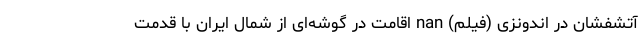
آتشفشان در اندونزی (فیلم) nan اقامت در گوشه‌ای از شمال ایران با قدمت